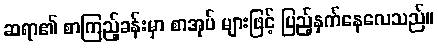
ဆရာ၏ စာကြည့်ခန်းမှာ စာအုပ် များဖြင့် ပြည့်နှက်နေလေသည်။